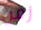
زمن